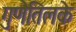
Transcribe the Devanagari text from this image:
गुणेतिलके